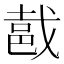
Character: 𨚵